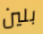
بلين